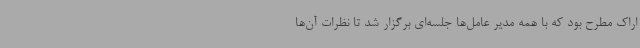
اراک مطرح بود که با همه مدیر عامل‌ها جلسه‌ای برگزار شد تا نظرات آن‌ها